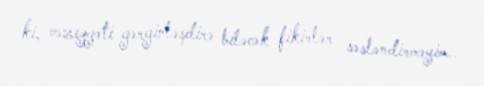
ki, vəziyyəti gərginləşdirə biləcək fikirlər səsləndirməyim..